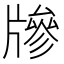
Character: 𤗲